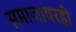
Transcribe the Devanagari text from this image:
समाजावरही